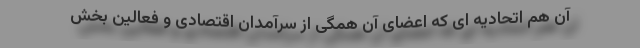
آن هم اتحادیه ای که اعضای آن همگی از سرآمدان اقتصادی و فعالین بخش